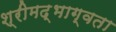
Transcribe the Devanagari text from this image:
श्रीमद्भाग्वता